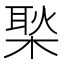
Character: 𪳎